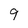
Character: 9